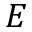
E